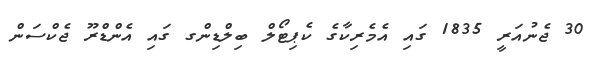
30 ޖެނުއަރީ 1835 ގައި އެމެރިކާގެ ކެޕިޓޯލް ބިލްޑިންގ ގައި އެންޑްރޫ ޖެކްސަން